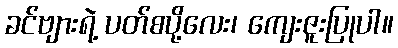
ခင်ဗျားရဲ့ ပတ်စပို့လေး၊ ကျေးဇူးပြုပါ။